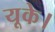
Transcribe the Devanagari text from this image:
यूके।